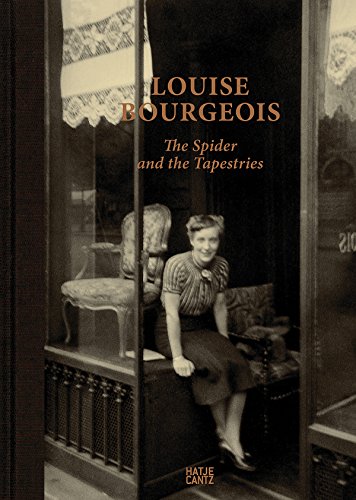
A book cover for Louise Bourgeois: The Spider and the Tapestries; Arts & Photography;